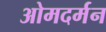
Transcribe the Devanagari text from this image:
ओमदर्मन